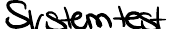
Systemtest